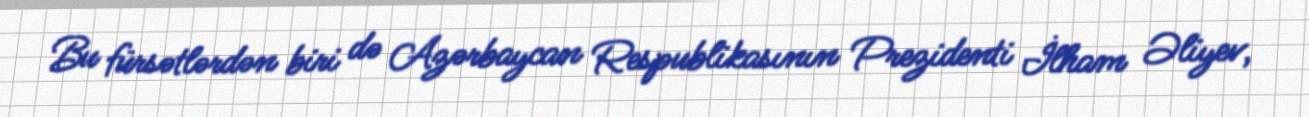
Bu fürsətlərdən biri də Azərbaycan Respublikasının Prezidenti İlham Əliyev,